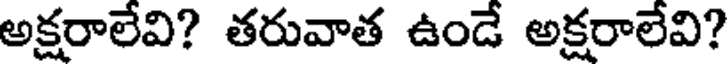
అక్షరాలేవి? తరువాత ఉండే అక్షరాలేవి?